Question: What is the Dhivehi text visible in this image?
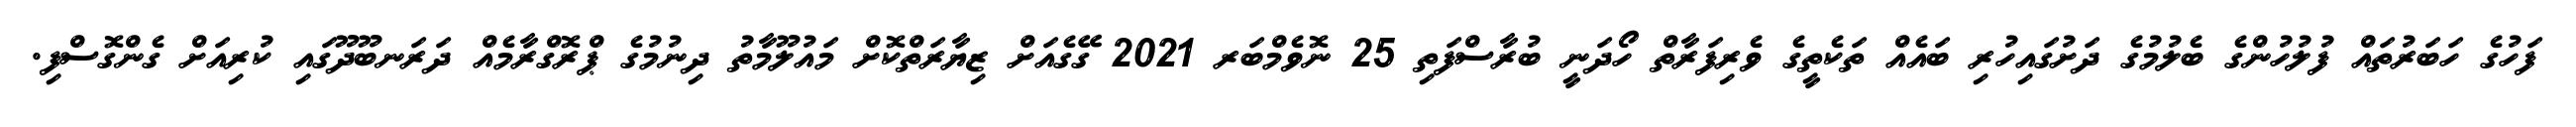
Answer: ފަހުގެ ހަބަރުތައް ފުލުހުންގެ ބެލުމުގެ ދަށުގައިހުރި ބައެއް ތަކެތީގެ ވެރިފަރާތް ހޯދަނީ ބުރާސްފަތި 25 ނޮވެމްބަރ 2021 ގޭގެއަށް ޒިޔާރަތްކޮށް މައުލޫމާތު ދިނުމުގެ ޕްރޮގްރާމެއް ދަރަނބޫދޫގައި ކުރިއަށް ގެންގޮސްފި.